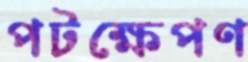
পটক্ষেপণ